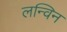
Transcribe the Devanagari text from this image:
लन्विन